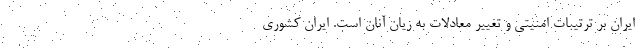
ایران بر ترتیبات امنیتی و تغییر معادلات به زیان آنان است‌. ایران کشوری